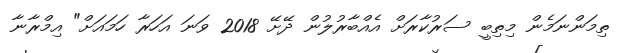
ތިމަންނަމެން މިތިބީ ސަރުކާރަށް އެއްބާރުލުން ދޭށޭ 2018 ވަނަ އަހަރާ ހަމައަށް" އިމްރާނާ